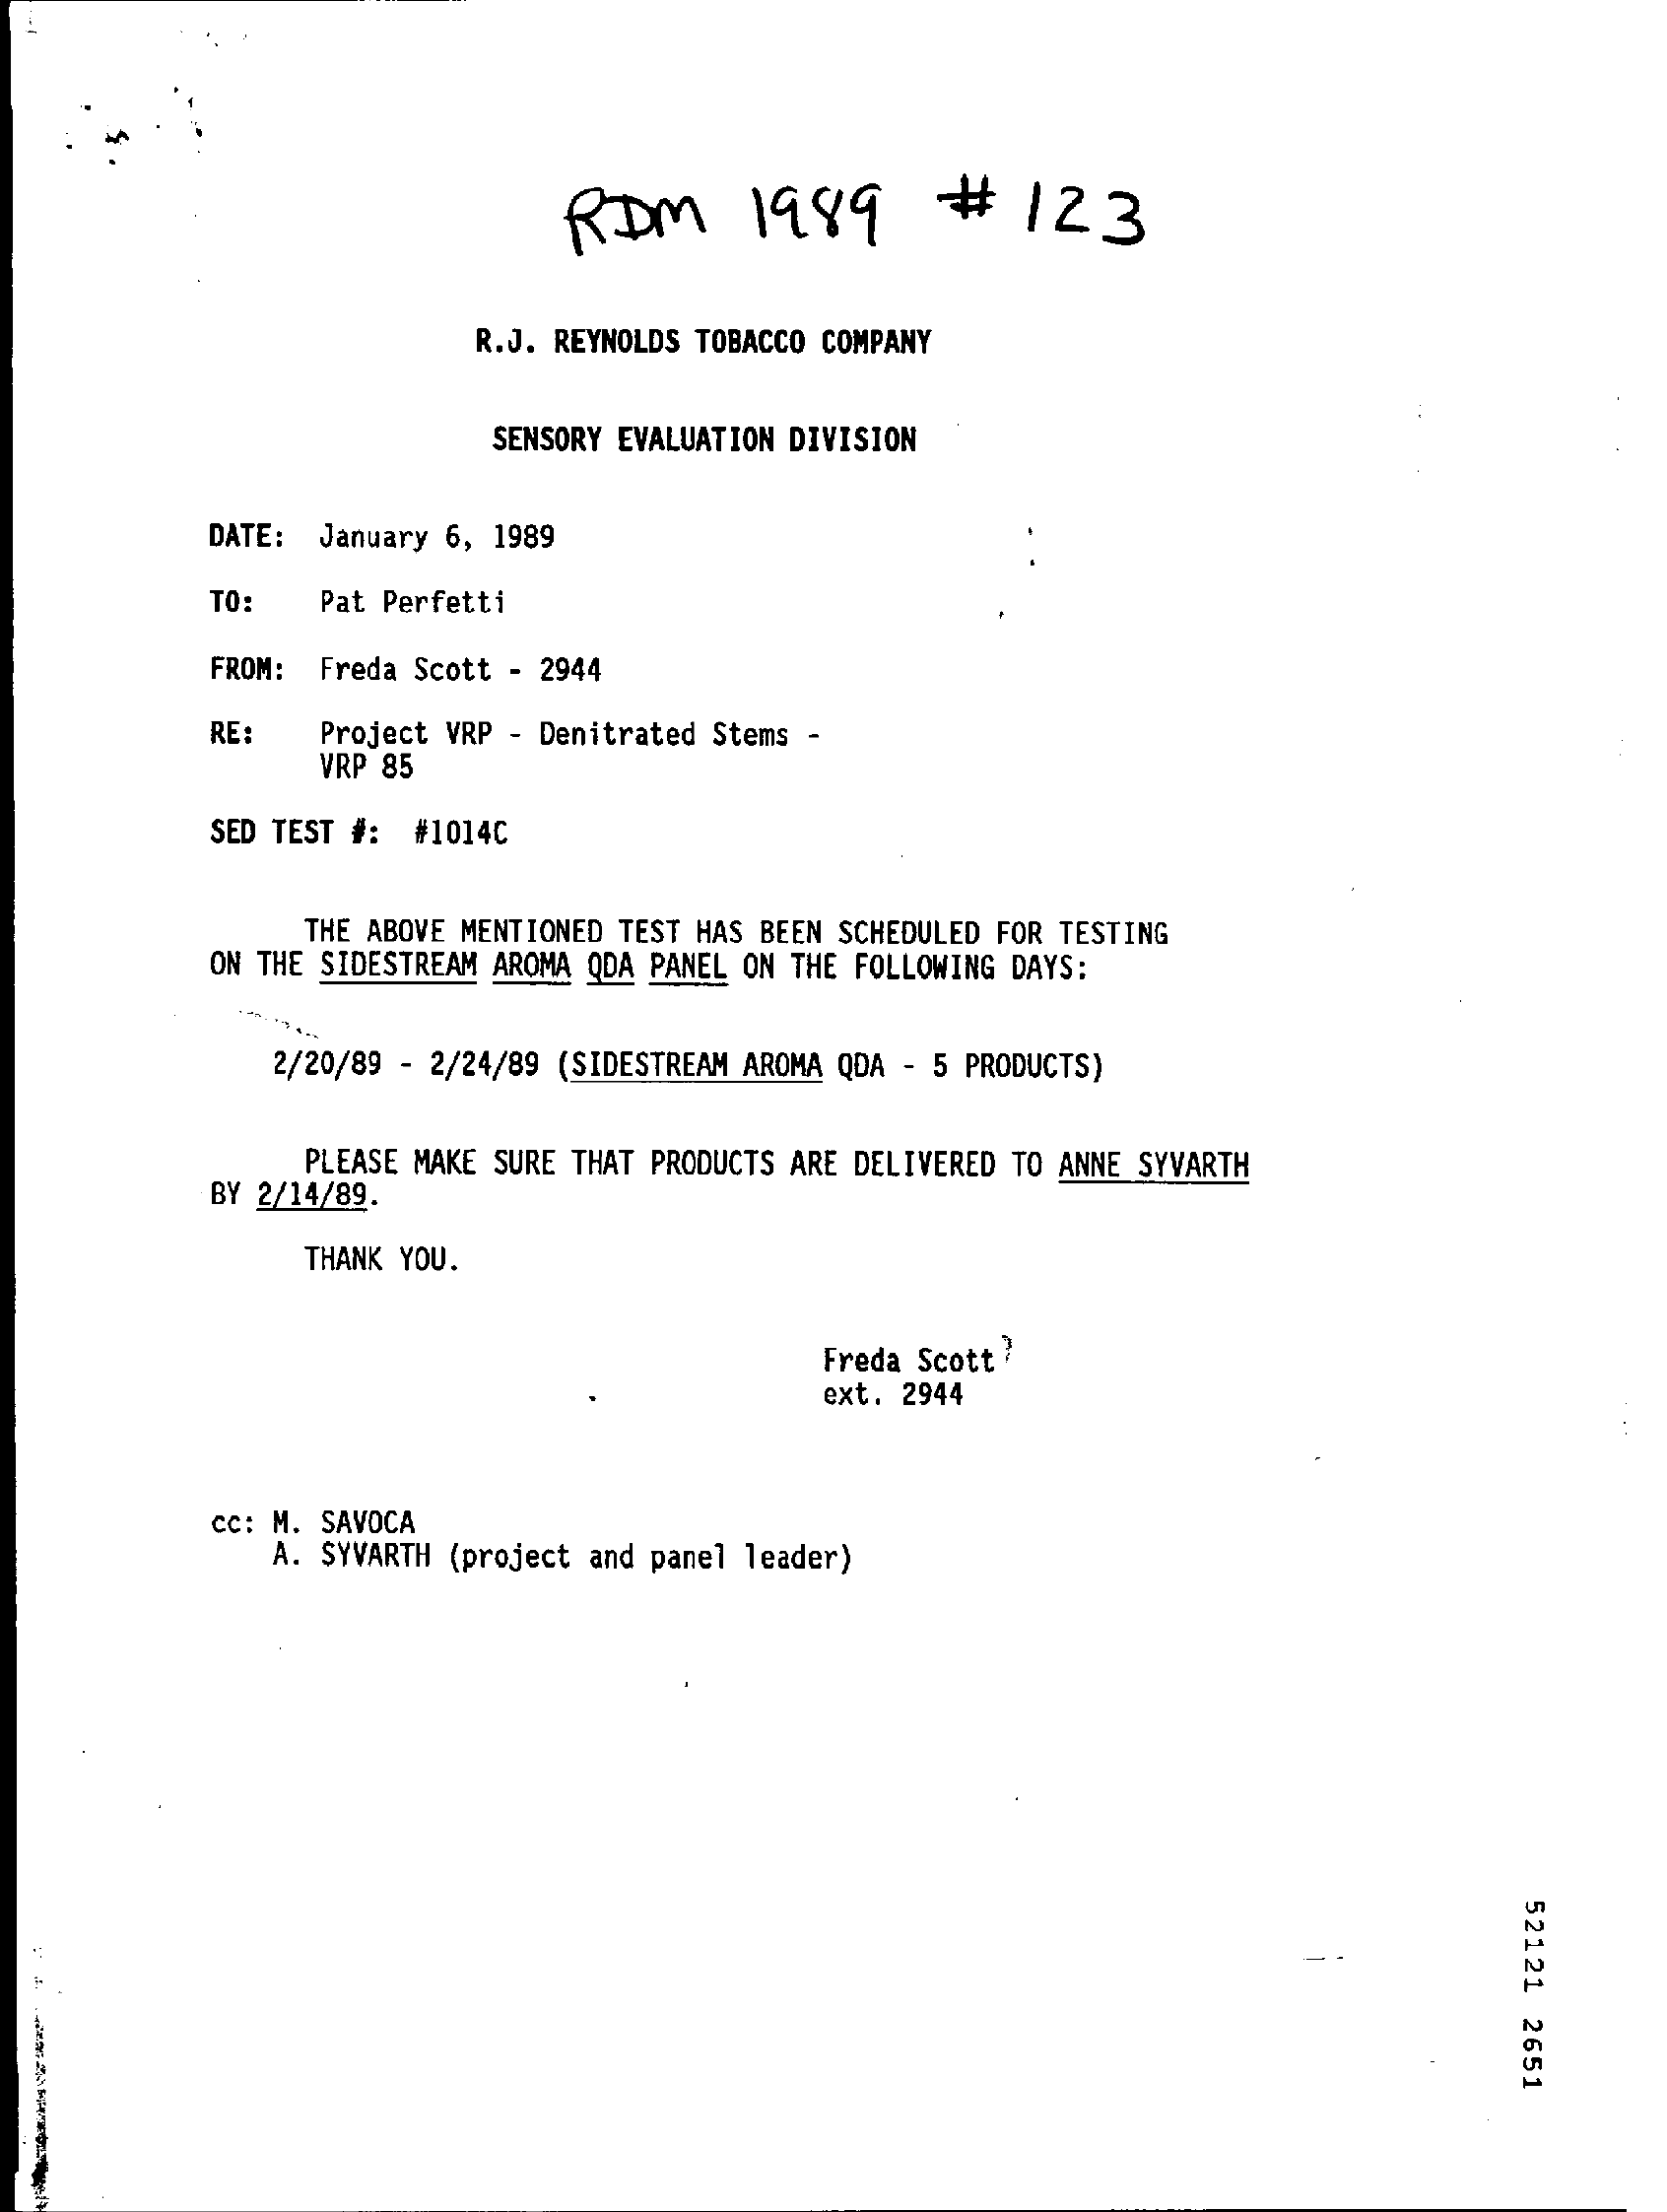
RDM    1989    #   123
     R.J. REYNOLDS TOBACCO COMPANY
     SENSORY EVALUATION DIVISION
     DATE: January 6, 1989
     TO:  Pat Perfetti
     FROM: Freda Scott - 2944
     RE:   Project VRP - Denitrated Stems -
     VRP 85
     SED TEST #: #1014C
     THE ABOVE MENTIONED TEST HAS BEEN SCHEDULED FOR TESTING
     ON THE SIDESTREAM AROMA QDA PANEL ON THE FOLLOWING DAYS:
     2/20/89 - 2/24/89 (SIDESTREAM AROMA QDA - 5 PRODUCTS)
     BY 2/14/89.
     PLEASE MAKE SURE THAT PRODUCTS ARE DELIVERED TO ANNE SYVARTH
     THANK YOU.
     Freda Scott?
     ext. 2944
     Cc: M. SAVOCA
     A. SYVARTH (project and panel leader)
     52121
     2651